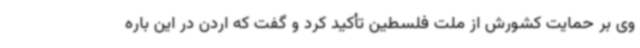
وی بر حمایت کشورش از ملت فلسطین تأکید کرد و گفت که اردن در این باره